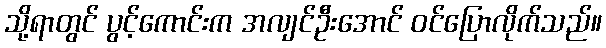
သို့ရာတွင် ပွင့်ကောင်းက အလျင်ဦးအောင် ဝင်ပြောလိုက်သည်။